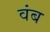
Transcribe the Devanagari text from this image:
वंब